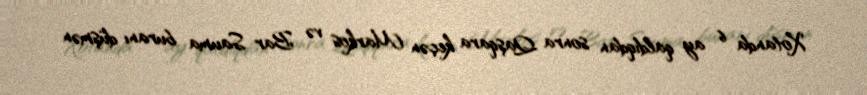
Xotanda 6 ay qaldıqdan sonra Qaşqara keçən Markos və Bar Sauma buranı düşmən